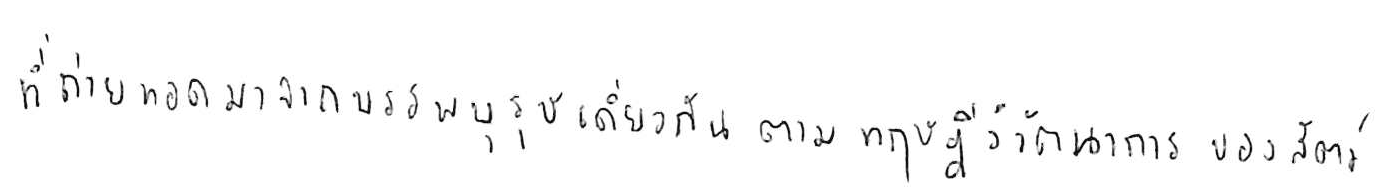
ที่ถ่ายทอดมาจากบรรพบุรุษเดียวกัน ตามทฤษฎีวิวัฒนาการของสัตว์